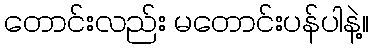
တောင်းလည်း မတောင်းပန်ပါနဲ့။